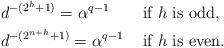
LaTeX: \begin{align*} \begin{aligned} & d^{-(2^h+1)} = \alpha^{q-1} && \mbox{ if } h \mbox{ is odd,} \\ & d^{-(2^{n+h}+1)} = \alpha^{q-1} && \mbox{ if } h \mbox{ is even.} \end{aligned}\end{align*}